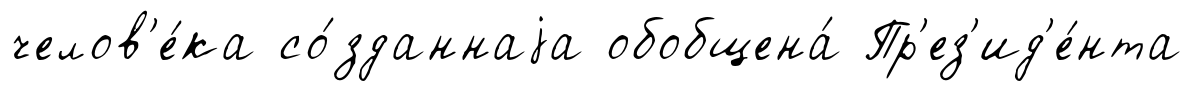
челов'е́ка со́зданнаjа обобщена́ Пр'ез'ид'е́нта